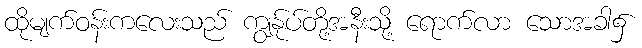
ထိုမျက်ဝန်းကလေးသည် ကျွန်ုပ်တို့အနီးသို့ ရောက်လာ သောအခါ၌